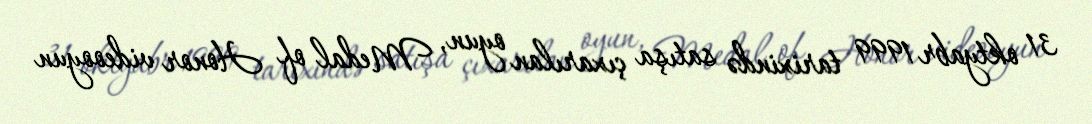
31 oktyabr 1999 tarixində satışa çıxarılan oyun, Medal of Honor videooyun